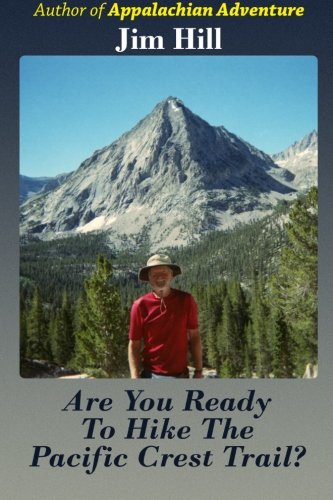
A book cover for Are You Ready to Hike the Pacific Crest Trail?; Jim Hill; Sports & Outdoors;